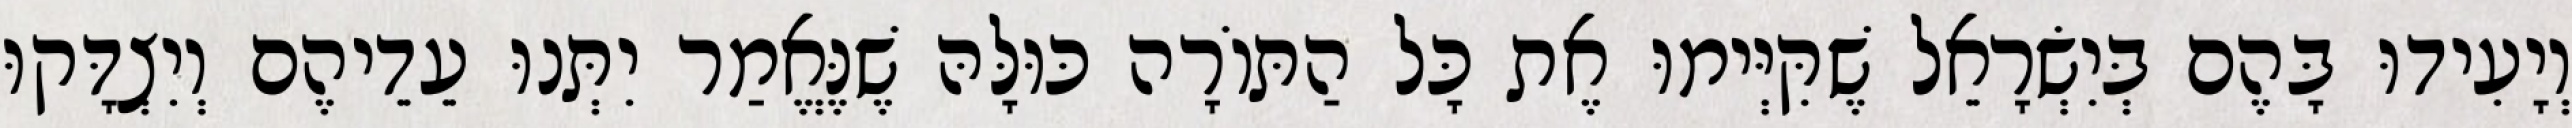
וְיָעִידוּ בָּהֶם בְּיִשְׂרָאֵל שֶׁקִּיְּימוּ אֶת כָּל הַתּוֹרָה כּוּלָּהּ שֶׁנֶּאֱמַר יִתְּנוּ עֵדֵיהֶם וְיִצְדָּקוּ